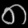
Digit: ၈